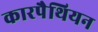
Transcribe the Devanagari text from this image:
कारपैथियन